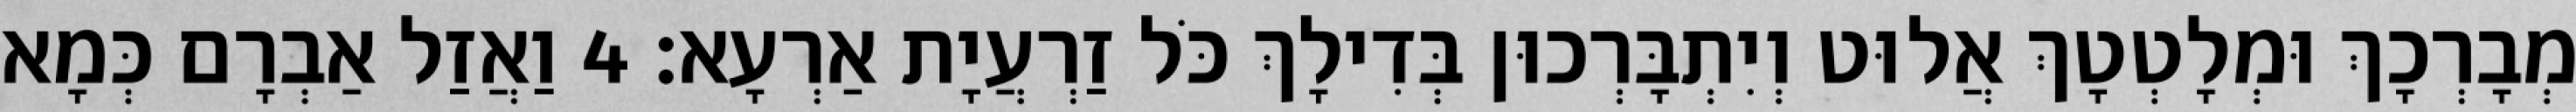
מְבָרְכָךְ וּמְלָטְטָךְ אֲלוּט וְיִתְבָּרְכוּן בְּדִילָךְ כֹּל זַרְעֲיָת אַרְעָא׃ 4 וַאֲזַל אַבְרָם כְּמָא